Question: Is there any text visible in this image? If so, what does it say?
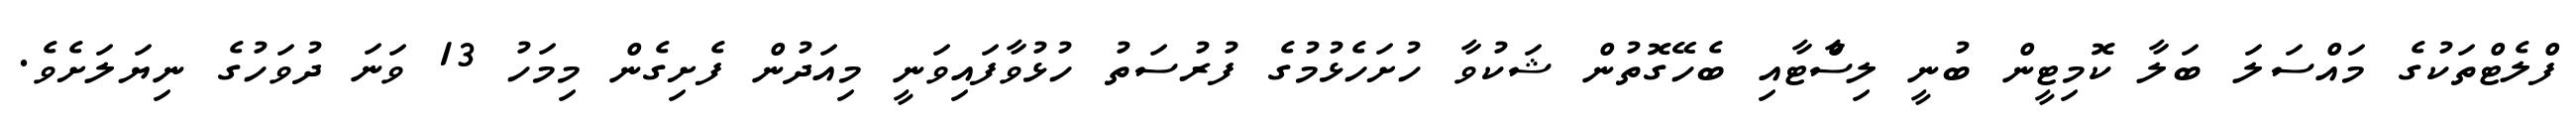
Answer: ފްލެޓްތަކުގެ މައްސަލަ ބަލާ ކޮމިޓީން ބުނީ ލިސްާޓާއި ބެހޭގޮތުން ޝަކުވާ ހުށަހެޅުމުގެ ފުރުސަތު ހުޅުވާފައިވަނީ މިއަދުން ފެށިގެން މިމަހު 13 ވަނަ ދުވަހުގެ ނިޔަލަށެވެ.